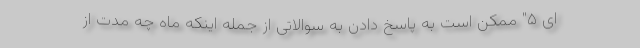
ای ۵" ممکن است به پاسخ دادن به سوالاتی از جمله اینکه ماه چه مدت از